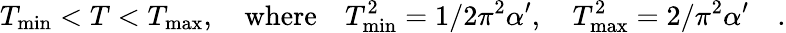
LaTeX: T_{\mathrm{min}}<T<T_{\mathrm{max}},\quad\mathrm{where}\quad T_{\mathrm{min}}^{2}=1/2\pi^{2}\alpha^{\prime},\quad T_{\mathrm{max}}^{2}=2/\pi^{2}\alpha^{\prime}\quad.